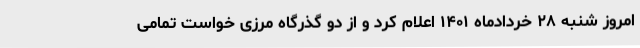
امروز شنبه ۲۸ خردادماه ۱۴۰۱ اعلام کرد و از دو گذرگاه مرزی خواست تمامی